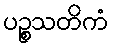
ပဉ္စသတိကံ